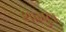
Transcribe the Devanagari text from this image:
शामुल